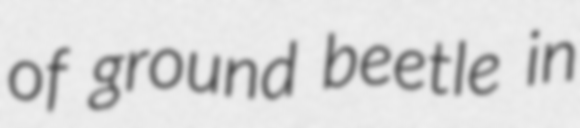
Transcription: of ground beetle in